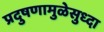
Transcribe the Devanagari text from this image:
प्रदुषणामुळेसुध्दा